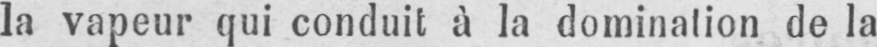
la vapeur qui conduit à la domination de la